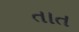
તાત